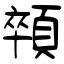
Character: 顇